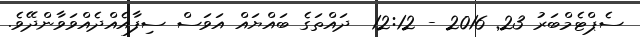
ސެޕްޓެމްބަރު 23